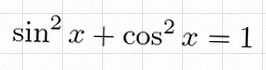
\sin^2x+\cos^2x=1